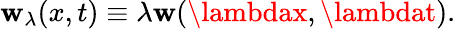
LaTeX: \mathbf{w}_{\lambda}(x,t)\equiv\lambda\mathbf{w}(\lambdax,\lambdat).